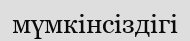
мүмкінсіздігі